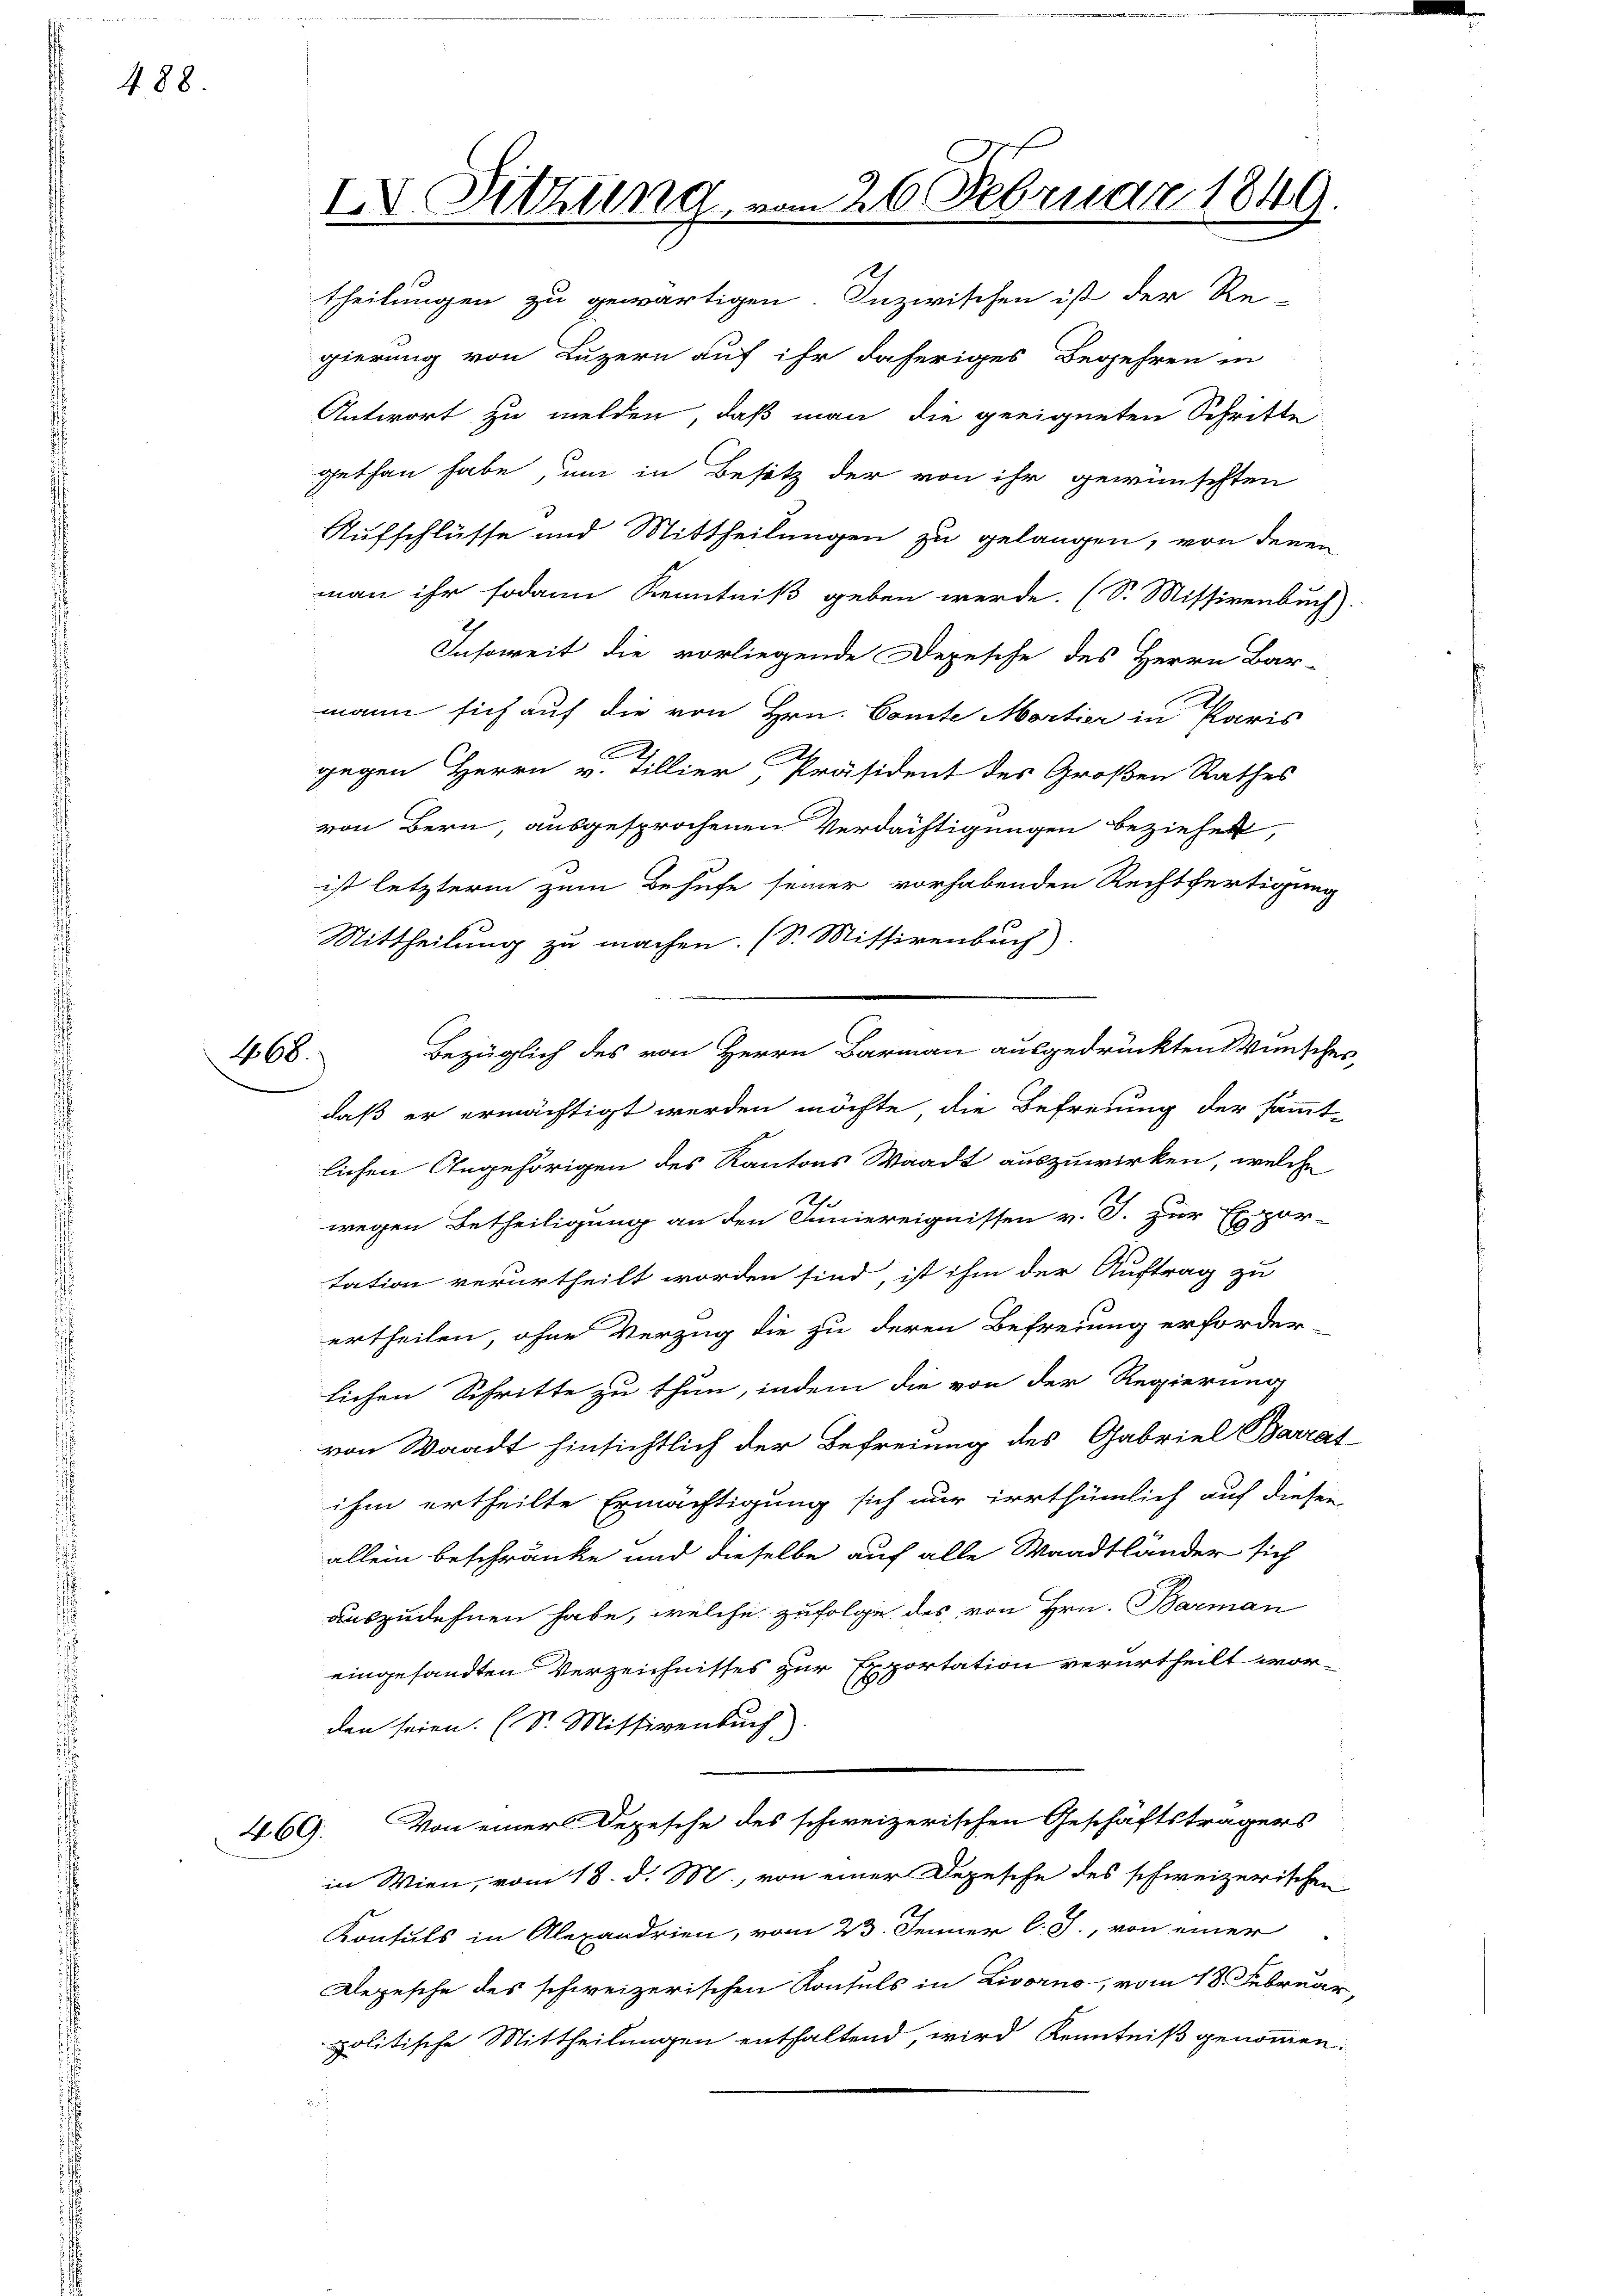
488.

468.

IV. Sitzung vom 26. Februar 1849.
theilungen zu gewärtigen. Inzwischen ist der Re-

gierung von Luzern auf ihr daheriges Begehren in
Antwort zu melden, daß man die geeigneten Schritte
gethan habe, um in Besitz der von ihr gewünschten
Aufschlüsse und Mittheilungen zu gelangen, von denen
man ihr sodann Kenntniß geben werde. (S. Missivenbuch)
Insoweit die vorliegende Depesche des Herrn Bar-
mann sich auf die von Hrn. Comte Martier in Paris
gegen Herrn v. Tillier, Präsident des Großen Rathes
von Bern, ausgesprochenen Verdächtigungen beziehet,
ist letzterm zum Behufe seiner vorhabenden Rechtfertigung
Mittheilung zu machen. (S. Mittirenbuch)
Bezüglich des von Herrn Barmann ausgedrückten Wunsches,
daß er ermächtigt werden möchte die Befreiung der sämmt-
lichen Angehörigen des Kantons Waadt auszuwirken, welche
gar
wegen Betheiligung an den Juniereignissen v. J. zur Ex-
tation verurtheilt worden sind, ist ihm der Auftrag zu
ertheilen, ohne Verzug die zu deren Befreiung erforder
lichen Schritte zu thun, indem die von der Regierung
von Waadt hinsichtlich der Befreiung des Gabriel Barrat
ihm ertheilte Ermächtigung sich nur irrthümlich auf diesen
allein beschränke und dieselbe auf alle Waadtländer sich
auszudehnen habe, welche zufolge des von Hrn. Barman
eingesandten Verzeichnisses zur Exportation verurtheilt wor-
den seien. (S. Missivenbuch)
469. Von einer Depesche des schweizerischen Geschäftsträgers
in Wien, vom 18. d. M., von einer Depesche des schweizerischen
Konsuls in Alexandrien, vom 23. Jenner l. J., von einer
Depesche des schweizerischen Konsuls in Livorno, vom 18. Februar,
politische Mittheilungen enthaltend, wird Kenntniß genommen.